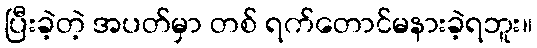
ပြီးခဲ့တဲ့ အပတ်မှာ တစ် ရက်တောင်မနားခဲ့ရဘူး။